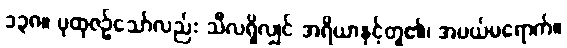
၁၃၈။ ပုထုဇဉ်သော်လည်း သီလရှိလျှင် အရိယာနှင့်တူ၏၊ အပယ်မရောက်။